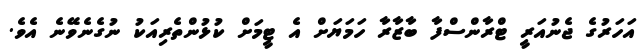
އަހަރުގެ ޖެނުއަރީ ޓްރާންސްފާ ބާޒާރާ ހަމަޔަށް އެ ޓީމަށް ކުޅުންތެރިއަކު ނުގެނެވޭނެ އެވެ.